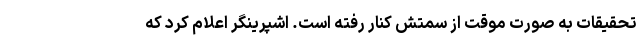
تحقیقات به صورت موقت از سمتش کنار رفته است. اشپرینگر اعلام کرد که